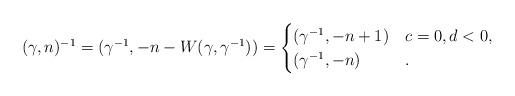
LaTeX: \begin{align*}(\gamma, n)^{-1} = (\gamma^{-1}, -n - W(\gamma, \gamma^{-1})) = \begin{cases}(\gamma^{-1}, -n+1) & c=0, d<0,\\(\gamma^{-1}, -n) &.\end{cases}\end{align*}